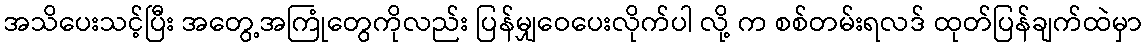
အသိပေးသင့်ပြီး အတွေ့အကြုံတွေကိုလည်း ပြန်မျှဝေပေးလိုက်ပါ လို့ က စစ်တမ်းရလဒ် ထုတ်ပြန်ချက်ထဲမှာ